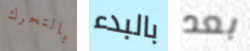
بالتحرك بالبدء بعد